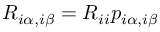
R _ { i \alpha , i \beta } = R _ { i i } p _ { i \alpha , i \beta }